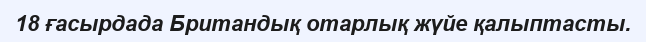
18 ғасырдада Британдық отарлық жүйе қалыптасты.